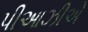
પીઆઝીએ